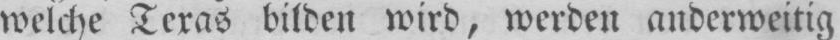
welche Texas bilden wird, werden anderweitig